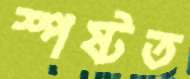
স্পষ্টত